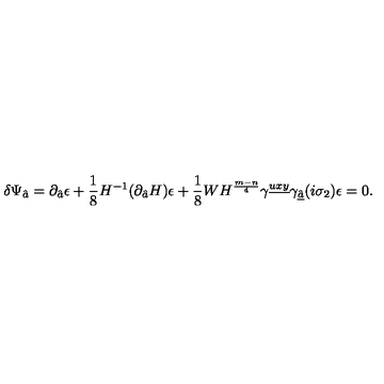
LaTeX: \delta \Psi _ { \hat { a } } = \partial _ { \hat { a } } \epsilon + { \frac { 1 } { 8 } } H ^ { - 1 } ( \partial _ { \hat { a } } H ) \epsilon + { \frac { 1 } { 8 } } W H ^ { { \frac { m - n } { 4 } } } \gamma ^ { \underline { { u x y } } } \gamma _ { \underline { { \hat { a } } } } ( i \sigma _ { 2 } ) \epsilon = 0 .